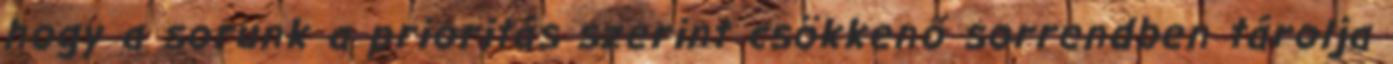
hogy a sorunk a prioritás szerint csökkenő sorrendben tárolja